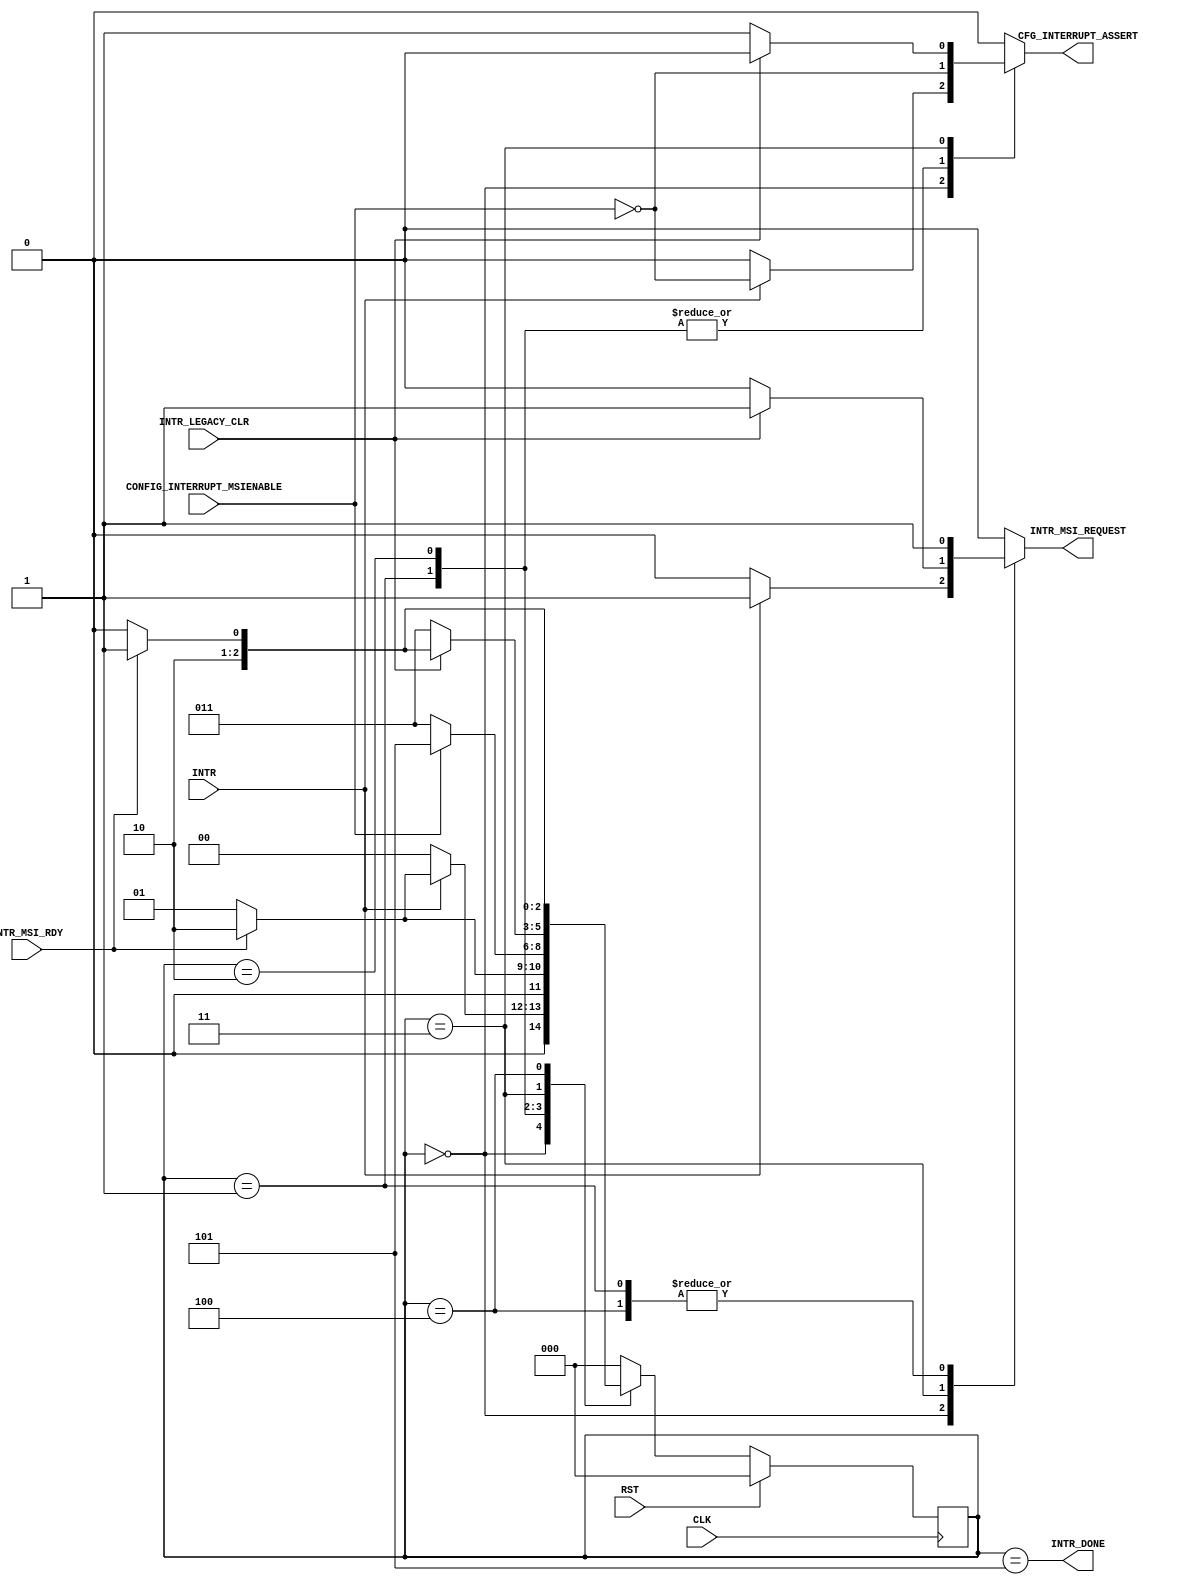
`timescale 1ns/1ns
//----------------------------------------------------------------------------
// This software is Copyright  2012 The Regents of the University of 
// California. All Rights Reserved.
//
// Permission to copy, modify, and distribute this software and its 
// documentation for educational, research and non-profit purposes, without 
// fee, and without a written agreement is hereby granted, provided that the 
// above copyright notice, this paragraph and the following three paragraphs 
// appear in all copies.
//
// Permission to make commercial use of this software may be obtained by 
// contacting:
// Technology Transfer Office
// 9500 Gilman Drive, Mail Code 0910
// University of California
// La Jolla, CA 92093-0910
// (858) 534-5815
// invent@ucsd.edu
// 
// This software program and documentation are copyrighted by The Regents of 
// the University of California. The software program and documentation are 
// supplied "as is", without any accompanying services from The Regents. The 
// Regents does not warrant that the operation of the program will be 
// uninterrupted or error-free. The end-user understands that the program was 
// developed for research purposes and is advised not to rely exclusively on 
// the program for any reason.
// 
// IN NO EVENT SHALL THE UNIVERSITY OF CALIFORNIA BE LIABLE TO
// ANY PARTY FOR DIRECT, INDIRECT, SPECIAL, INCIDENTAL, OR
// CONSEQUENTIAL DAMAGES, INCLUDING LOST PROFITS, ARISING
// OUT OF THE USE OF THIS SOFTWARE AND ITS DOCUMENTATION,
// EVEN IF THE UNIVERSITY OF CALIFORNIA HAS BEEN ADVISED OF
// THE POSSIBILITY OF SUCH DAMAGE. THE UNIVERSITY OF
// CALIFORNIA SPECIFICALLY DISCLAIMS ANY WARRANTIES,
// INCLUDING, BUT NOT LIMITED TO, THE IMPLIED WARRANTIES OF
// MERCHANTABILITY AND FITNESS FOR A PARTICULAR PURPOSE.
// THE SOFTWARE PROVIDED HEREUNDER IS ON AN "AS IS" BASIS, 
// AND THE UNIVERSITY OF CALIFORNIA HAS NO OBLIGATIONS TO
// PROVIDE MAINTENANCE, SUPPORT, UPDATES, ENHANCEMENTS, OR
// MODIFICATIONS.
//----------------------------------------------------------------------------
//----------------------------------------------------------------------------
// Version:				1.00.a
// Verilog Standard:	Verilog-2001
// Description:			Signals an interrupt on the Xilnx PCIe Endpoint 
// 						interface. Supports single vector MSI or legacy based
// 						interrupts. 
//						When INTR is pulsed high, the interrupt will be issued
//						as soon as possible. If using legacy interrupts, the 
//						initial interrupt must be cleared by another request
//						(typically a PIO read or write request to the 
//						endpoint at some predetermined BAR address). Receipt of
//						the "clear" acknowledgment should cause INTR_LEGACY_CLR 
// 						input to pulse high. Thus completing the legacy 
//						interrupt cycle. If using MSI interrupts, no such
//						acknowldegment is necessary.
// History:				@mattj: Version 2.0
//-----------------------------------------------------------------------------
`define S_INTRCTLR_IDLE				3'd0
`define S_INTRCLTR_WORKING			3'd1
`define S_INTRCLTR_COMPLETE			3'd2
`define S_INTRCLTR_CLEAR_LEGACY		3'd3
`define S_INTRCLTR_CLEARING_LEGACY	3'd4
`define S_INTRCLTR_DONE				3'd5

module interrupt_controller (
	input CLK,						// System clock
	input RST,						// Async reset
	input INTR,						// Pulsed high to request an interrupt
	input INTR_LEGACY_CLR,			// Pulsed high to ack the legacy interrupt and clear it
	output INTR_DONE,				// Pulsed high to signal interrupt sent
	input CONFIG_INTERRUPT_MSIENABLE,	// 1 if MSI interrupts are enable, 0 if only legacy are supported
	output CFG_INTERRUPT_ASSERT,	// Legacy interrupt message type
	input INTR_MSI_RDY,		// High when interrupt is able to be sent
	output INTR_MSI_REQUEST			// High to request interrupt, when both INTR_MSI_RDY and INTR_MSI_REQUEST are high, interrupt is sent
);

reg		[2:0]	rState=`S_INTRCTLR_IDLE;
reg		[2:0]	rStateNext=`S_INTRCTLR_IDLE;
reg				rIntr=0;
reg				rIntrAssert=0;

assign INTR_DONE = (rState == `S_INTRCLTR_DONE);
assign INTR_MSI_REQUEST = rIntr;
assign CFG_INTERRUPT_ASSERT = rIntrAssert;

// Control sending interrupts.
always @(*) begin
	case (rState)

	`S_INTRCTLR_IDLE : begin
		if (INTR) begin
			rIntr = 1;
			rIntrAssert = !CONFIG_INTERRUPT_MSIENABLE;
			rStateNext = (INTR_MSI_RDY ? `S_INTRCLTR_COMPLETE : `S_INTRCLTR_WORKING);
		end 
		else begin
			rIntr = 0;
			rIntrAssert = 0;
			rStateNext = `S_INTRCTLR_IDLE;
		end
	end

	`S_INTRCLTR_WORKING : begin
		rIntr = 1;
		rIntrAssert = !CONFIG_INTERRUPT_MSIENABLE;
		rStateNext = (INTR_MSI_RDY ? `S_INTRCLTR_COMPLETE : `S_INTRCLTR_WORKING);
	end

	`S_INTRCLTR_COMPLETE : begin
		rIntr = 0;
		rIntrAssert = !CONFIG_INTERRUPT_MSIENABLE;
		rStateNext = (CONFIG_INTERRUPT_MSIENABLE ? `S_INTRCLTR_DONE : `S_INTRCLTR_CLEAR_LEGACY);
	end

	`S_INTRCLTR_CLEAR_LEGACY : begin
		if (INTR_LEGACY_CLR) begin
			rIntr = 1;
			rIntrAssert = 0;
			rStateNext = (INTR_MSI_RDY ? `S_INTRCLTR_DONE : `S_INTRCLTR_CLEARING_LEGACY);
		end 
		else begin
			rIntr = 0;
			rIntrAssert = 1;
			rStateNext = `S_INTRCLTR_CLEAR_LEGACY;
		end
	end

	`S_INTRCLTR_CLEARING_LEGACY : begin
		rIntr = 1;
		rIntrAssert = 0;
		rStateNext = (INTR_MSI_RDY ? `S_INTRCLTR_DONE : `S_INTRCLTR_CLEARING_LEGACY);
	end

	`S_INTRCLTR_DONE : begin
		rIntr = 0;
		rIntrAssert = 0;
		rStateNext = `S_INTRCTLR_IDLE;
	end
	
	default: begin
		rIntr = 0;
		rIntrAssert = 0;
		rStateNext = `S_INTRCTLR_IDLE;
	end
	
	endcase
end

// Update the state.
always @(posedge CLK) begin
	if (RST)
		rState <= #1 `S_INTRCTLR_IDLE;
	else
		rState <= #1 rStateNext;
end

endmodule